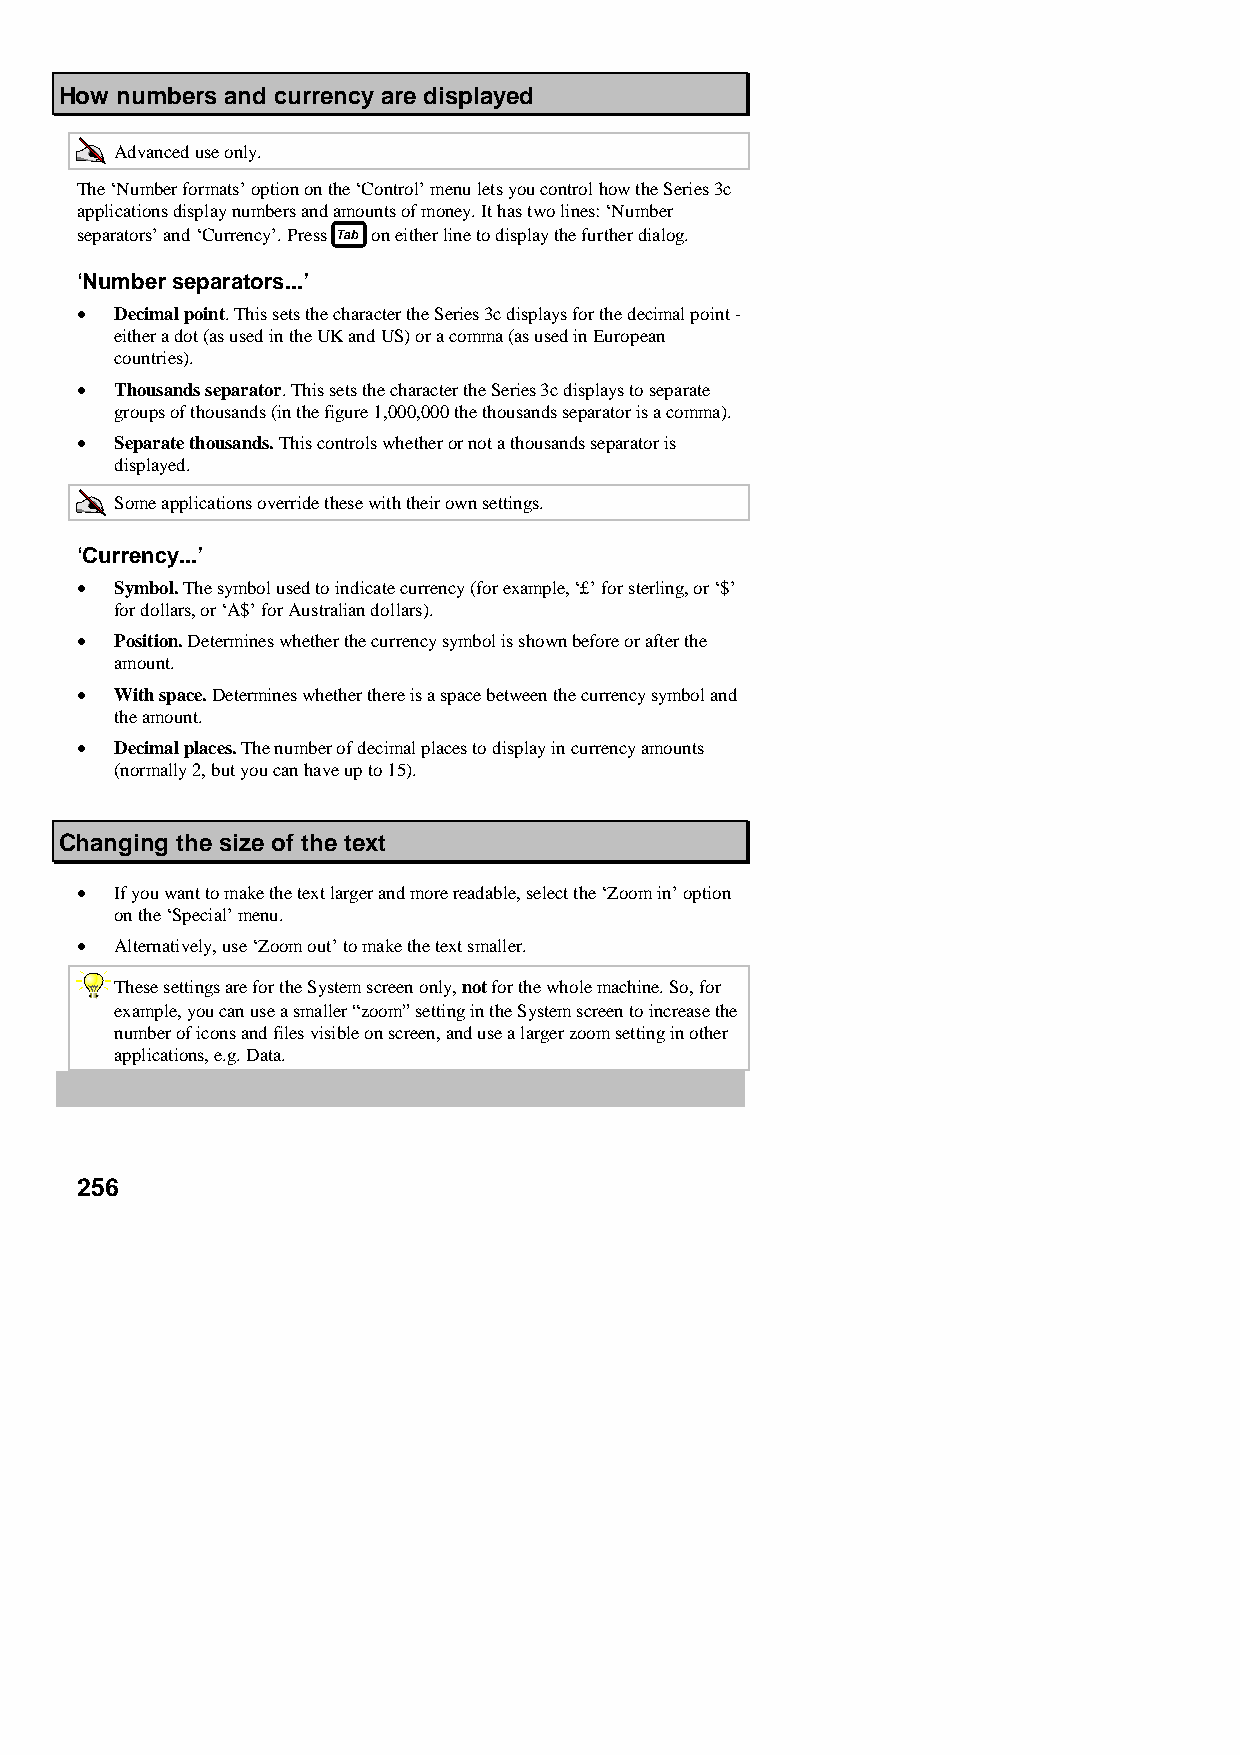
How numbers and currency are displayed
 Advanced use only.
 The ‘Number formats’ option on the ‘Control’ menu lets you control how the Series 3c
 applications display numbers and amounts of money. It has two lines: ‘Number
 separators’ and ‘Currency’. Press on either line to display the further dialog.
 ‘Number separators...’
 •  Decimal point. This sets the character the Series 3c displays for the decimal point -
 either a dot (as used in the UK and US) or a comma (as used in European
 countries).
 •  Thousands separator. This sets the character the Series 3c displays to separate
 groups of thousands (in the figure 1,000,000 the thousands separator is a comma).
 •  Separate thousands. This controls whether or not a thousands separator is
 displayed.
 Some applications override these with their own settings.
 ‘Currency...’
 •  Symbol. The symbol used to indicate currency (for example, ‘£’ for sterling, or ‘$’
 for dollars, or ‘A$’ for Australian dollars).
 •  Position. Determines whether the currency symbol is shown before or after the
 amount.
 •  With space. Determines whether there is a space between the currency symbol and
 the amount.
 •  Decimal places. The number of decimal places to display in currency amounts
 (normally 2, but you can have up to 15).
 Changing the size of the text
 •  If you want to make the text larger and more readable, select the ‘Zoom in’ option
 on the ‘Special’ menu.
 •  Alternatively, use ‘Zoom out’ to make the text smaller.
 These settings are for the System screen only, not for the whole machine. So, for
 example, you can use a smaller “zoom” setting in the System screen to increase the
 number of icons and files visible on screen, and use a larger zoom setting in other
 applications, e.g. Data.
 256